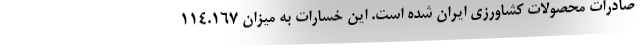
صادرات محصولات کشاورزی ایران شده است. این خسارات به میزان ۱۱۴.۱۶۷